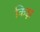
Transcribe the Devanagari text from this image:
किड़ा